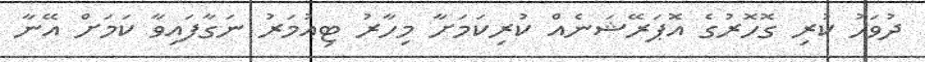
ދުވަހު ކުރި ގޮހޮރުގެ އޮޕަރޭޝަނެއް ކުރިކަމަށާ މިހާރު ޓިއުމަރު ނަގާފަައިވާ ކަމަށް އޭނާ